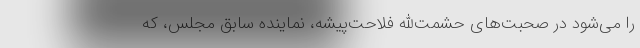
را می‌شود در صحبت‌های حشمت‌الله فلاحت‌پیشه، نماینده سابق مجلس، که